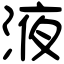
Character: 液